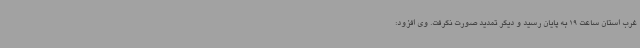
غرب استان ساعت 19 به پایان رسید و دیگر تمدید صورت نگرفت. وی افزود: